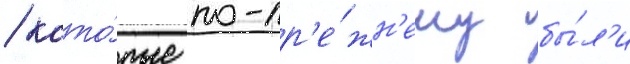
/ кото́рые по-пр'е́жн'ему бы́л'и